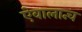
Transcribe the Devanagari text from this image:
ऐवालान्च